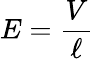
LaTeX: E={\frac{V}{\ell}}